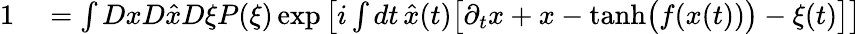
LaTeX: \begin{array}{rl}{1}&{{}=\int DxD\hat{x}D\xi P(\xi)\exp\left[i\int dt\, \hat{x}(t)\big[\partial_{t}x+x-\mathrm{tanh}\big(f(x(t))\big)-\xi(t)\big]\right]}\end{array}